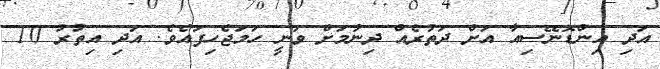
އަދި އިންޑޮނޭސިއާ އަށް ދަތުރެއް ދިނުމަށް ވަނީ ހަމަޖެހިފައެވެ. އަދި އިތުރު 10